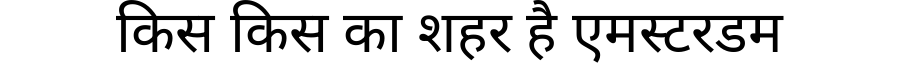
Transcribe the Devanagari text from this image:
किस किस का शहर है एमस्टरडम